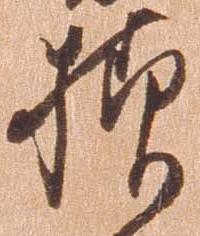
様